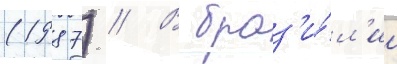
(1987) // В браз'и́л'ии